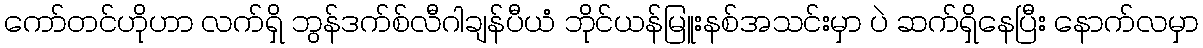
ကော်တင်ဟိုဟာ လက်ရှိ ဘွန်ဒက်စ်လီဂါချန်ပီယံ ဘိုင်ယန်မြူးနစ်အသင်းမှာ ပဲ ဆက်ရှိနေပြီး နောက်လမှာ